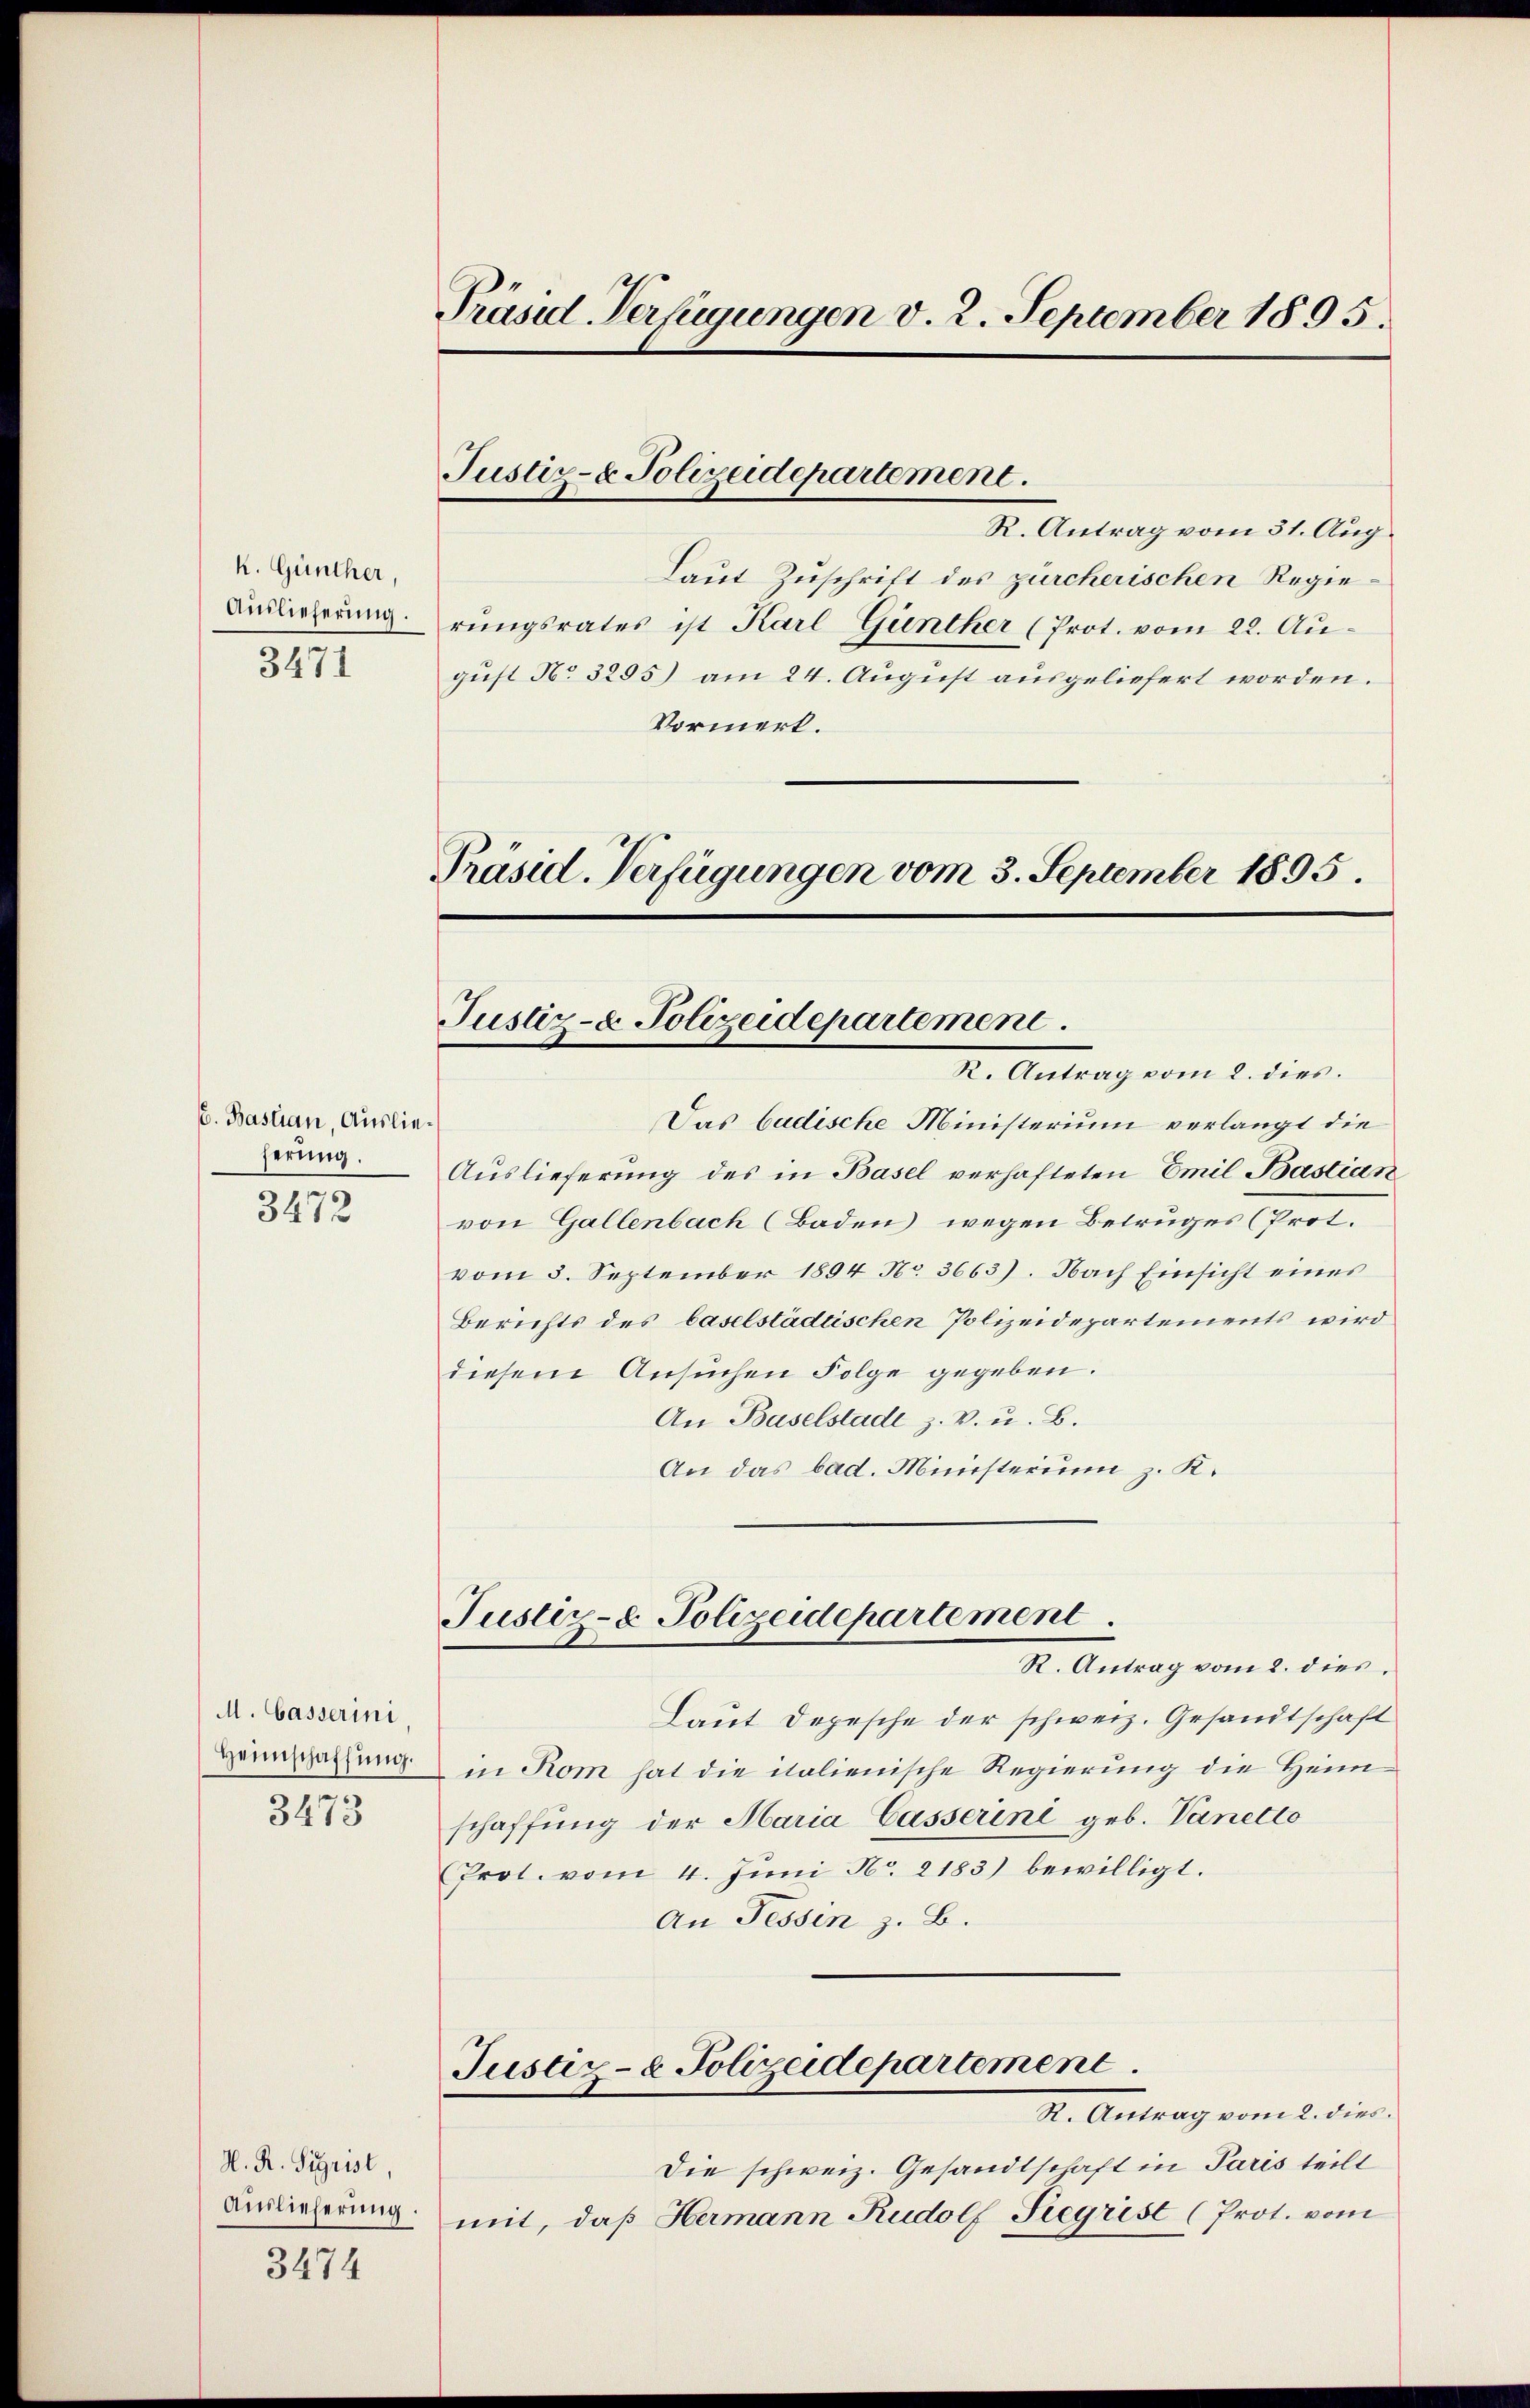
k. Günther,
3471

6. Bastian, Auslieherung.

3472

M. Casserini
Heimschaffung.

3473

A. R. Sigrist,
Auslieferung.

3474

Präsid Verfügungen v. 2. September 1895.

R. Antrag vom 31. Aug.
Laut Zuschrift des zürcherischen Regie¬
Auslieferung rungsrates ist Karl Günther (Prot. vom 22. August No 3295) am 24. August ausgeliefert worden.
Vormerk.
Präsid. Verfügungen vom 3. September 1895.

Justiz- & Polizeidepartement.

Justiz- & Polizeidepartement.
I. Antrag vom 2. dien.

Justiz- & Polizeidepartement.
R. Antrag vom 2. dies

Das badische Ministerium verlangt die
Auslieferung des in Basel verhafteten Emil Bastian
von Gallenbach (Baden wegen Betruges (Prot.
vom 5. September 1894 No. 3663). Nach Einsicht eines
Berichts des baselstädtischen Polizeidepartements wird
diesem Ansuchen Folge gegeben.
An Baselstade z. B. u. B.
An das bad. Ministerim z. K.

Laut Depesche der schweiz. Gesandtschaft
in Rom hat die italienische Regierung die Heim
schaffung der Maria Casserini geb. Vanetto
(Prot. vom 4. Juni No. 2183) bewilligt.
An Fessen z. B.

Justiz- & Polizeidepartement.

R. Antrag vom 2. dies
Die schweiz. Gesandtschaft in Paris teilt
mit, daß Hermann Rudolf Siegrist (Prot. vom